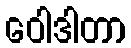
ဝေါဒါတာ